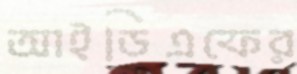
আইডিএফের